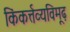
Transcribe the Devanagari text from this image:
किंकर्त्तव्यविमूढ़